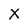
Character: X